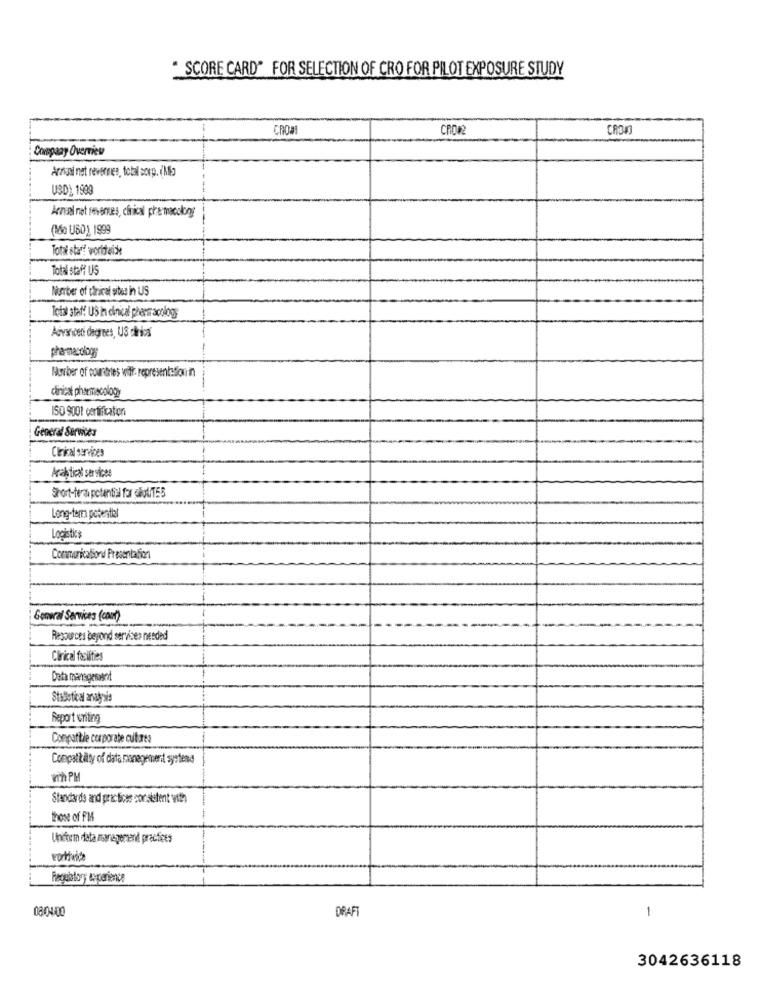
. SCORE CARD" FOR SELECTION OF CRO FOR PILOT EXPOSURE STUDY
CROMI
CROWE
Company Overview
Ardini net reverses, total sovp. (Mio
USD), 1999
Annual net revenues, clinical pharmacology
(No UBD), 1999
Total star! worldwide
Total staff US
Number of dirical sites in US
Total staff US in craical pharmacology
Aivaiosti degrees, US carica
pharmacology
läsrber of courantes wifi- representsfourth
clinical pharmacology
ISO 9001 certification
General Services
Clinical services
Analytical services
Short-tera potential for chaliTES
Long-term potentiel
Logistics
Communication Presentation
Gonwal Services (com)
Resources beyond services needed
Clinical facilities
Data management
Statistical analysis
Report writing
Compatible corporate ctares
Compatibility of data management systend
wih PM
Standards and practices consistent with
hon of FM
Undhem data management practices
08/04/00
DRAFT
1
3042636118